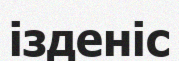
ізденіс